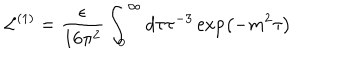
\mathcal { L } ^ { ( 1 ) } = \frac \epsilon { 1 6 \pi ^ { 2 } } \int _ { 0 } ^ { \infty } d \tau \tau ^ { - 3 } \exp \left( - m ^ { 2 } \tau \right)